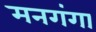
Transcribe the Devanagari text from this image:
मनगंगा